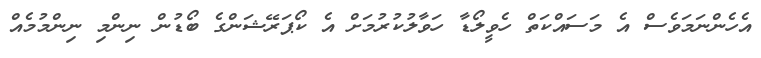
އެހެންނަމަވެސް އެ މަސައްކަތް ހެވީލޯޑާ ހަވާލުކުރުމަށް އެ ކޯޕަރޭޝަންގެ ބޯޑުން ނިންމި ނިންމުމެއް